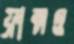
ফ্রান্সও